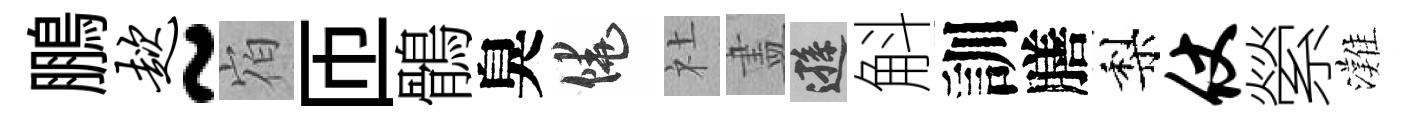
鵬趑~𪧐匝鶻臭饒社𥁞遜斛訓膳梨仗縈灘